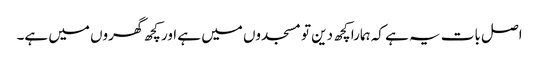
اصل بات یہ ہے کہ ہمارا کچھ دین تو مسجدوں میں ہے اور کچھ گھروں میں ہے۔